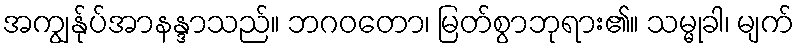
အကျွန်ုပ်အာနန္ဒာသည်။ ဘဂဝတော၊ မြတ်စွာဘုရား၏။ သမ္မုခါ၊ မျက်